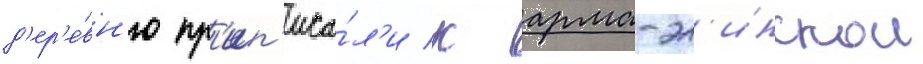
д'ер'е́вн'ю пр'ип'иса́л'и к арма-эл'инскои